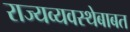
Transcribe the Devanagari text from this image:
राज्यव्यवस्थेबाबत